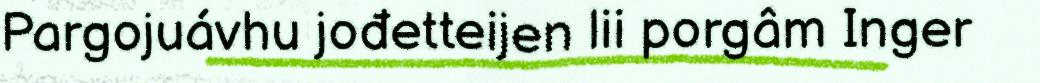
Pargojuávhu jođetteijen lii porgâm Inger